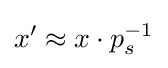
x'\approx x\cdot p_{s}^{-1}